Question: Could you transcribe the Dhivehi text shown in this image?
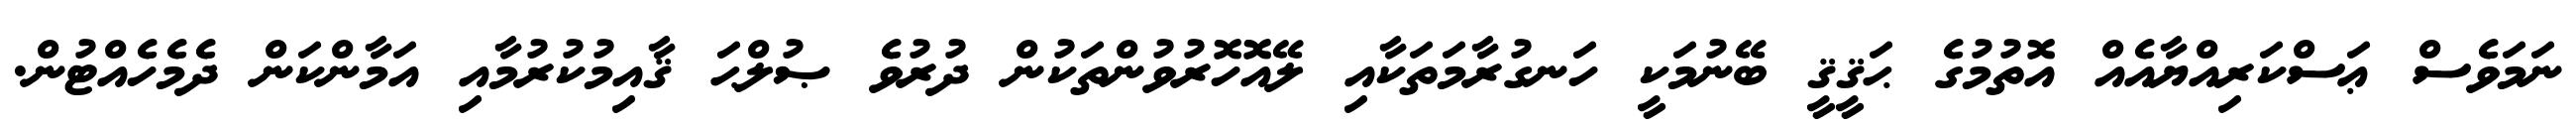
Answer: ނަމަވެސް ޢަސްކަރިއްޔާއެއް އޮތުމުގެ ޙަޤީޤީ ބޭނުމަކީ ހަނގުރާމަތަކާއި ލޭއޮހޮރުވުންތަކުން ދުރުވެ ޞުލްޙަ ޤާއިމުކުރުމާއި އަމާންކަން ދެމެހެއްޓުން.